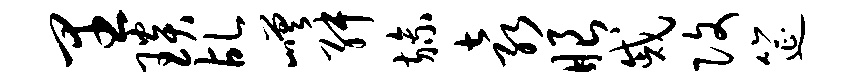
里琰乩嵯舛旒袁眼戚改筵